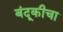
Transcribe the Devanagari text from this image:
बंदूकीचा